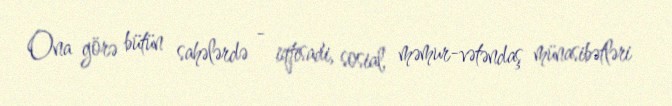
Ona görə bütün sahələrdə - iqtisadi, sosial, məmur-vətəndaş münasibətləri